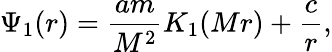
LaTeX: \Psi_{1}(r)=\frac{am}{M^{2}}K_{1}(Mr)+\frac{c}{r},